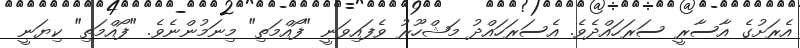
އެރަށުގެ އާސާރީ ސަރަހައްދެވެ. އެސަރަހައްދު މަޝްހޫރު ވެފައިވަނީ "ފޯއްމަތި" މިނަމުންނެވެ. "ފޯއްމަތި" ކިޔަނީ